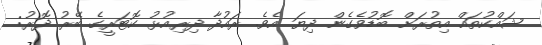
ޝައްކުތައް އިތުރަށް ބޮޑުވެގެން ދިޔަ އެވެ. ރައުދާ ދިރިއުޅު ކޮޓަރީގެ ބޭރު ދޮރު: